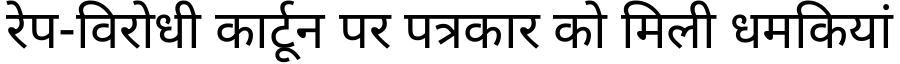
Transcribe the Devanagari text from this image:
रेप-विरोधी कार्टून पर पत्रकार को मिली धमकियां